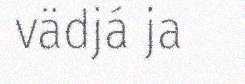
vädjá ja